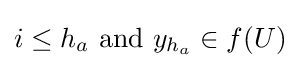
i\leq h_{a}{\text{ and }}y_{h_{a}}\in f(U)